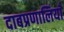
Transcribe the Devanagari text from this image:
दाबप्रणालियाँ